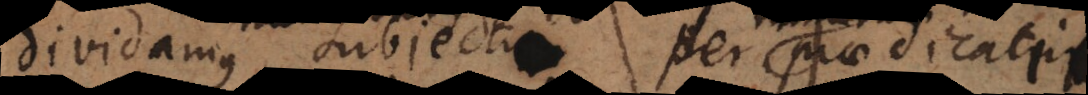
dividamus subjectum per praedicatum